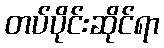
တပ်ပိုင်းဆိုင်ရာ